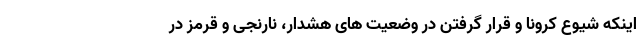
اینکه شیوع کرونا و قرار گرفتن در وضعیت های هشدار، نارنجی و قرمز در